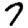
Digit: 7